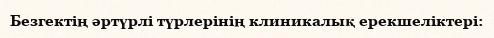
Безгектің әртүрлі түрлерінің клиникалық ерекшеліктері: